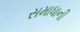
સમાધાની